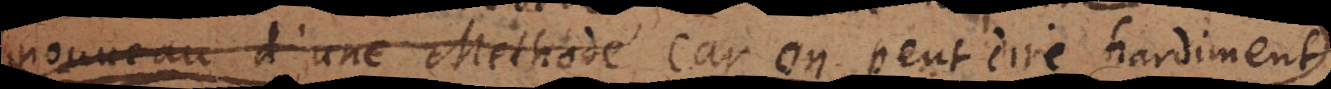
ouveau d’une Methode, car on peut dire hardiment